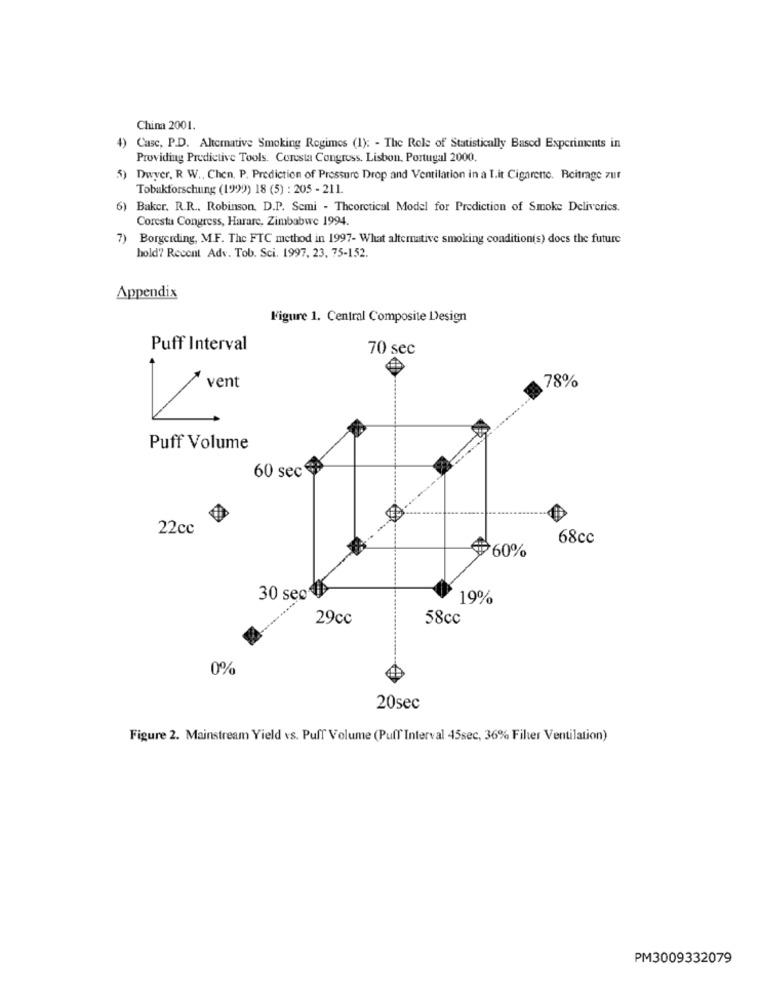
China 2001.
4) Casc, P.D. Alternative Smoking Regimes (1): - The Role of Statistically Based Experiments in
Providing Predictive Tools. Coresta Congress. Lisbon, Portugal 2000.
5) Dwyer, R W ., Chen. P. Prediction of Pressure Drop and Ventilation in a I.it Cigarette. Beitrage zur
Tobakforschung (1999) 18 (5) : 205 - 211.
6) Baker. R.R ., Robinson, D.P. Semi - Theoretical Model for Prediction of Smoke Deliverics.
Corestu Congress, Harare, Zimbabwe 1994.
7) Borgerding, M.F. The FTC method in 1997- What alternative smoking condition(s) does the future
hold? Recent Adv. Tob. Sci. 1997, 23, 75-152.
Appendix
Figure 1. Central Composite Design
Puff Interval
70 sec
78%
/ Vent
Puff Volume
60 sec
22cc
68cc
60%
30 sec I
19%
29cc
58cc
0%
20sec
Figure 2. Mainstream Yield vs. Puff Volume (Puff Interval 45sec, 36% Filter Ventilation)
PM3009332079